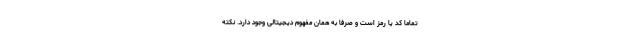
تماما کد یا رمز است و صرفا به همان مفهوم دیجیتالی وجود دارد. نکته